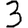
Digit: 3